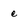
Character: c